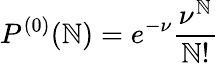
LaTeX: P^{(0)}(\mathbb{N})=e^{-\nu}\frac{{\nu^{\mathbb{N}}}}{{\mathbb{N}!}}